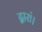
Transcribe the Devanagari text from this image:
द्वारां।